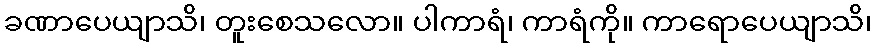
ခဏာပေယျာသိ၊ တူးစေသလော။ ပါကာရံ၊ ကာရံကို။ ကာရောပေယျာသိ၊